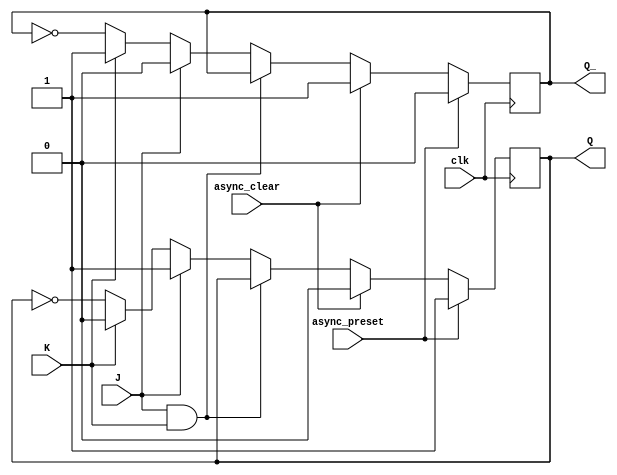
module jk_flipflop (
    input J,
    input K,
    input clk,
    input async_preset,
    input async_clear,
    output reg Q,
    output reg Q_
);

always @(posedge clk) begin
    if (async_preset) begin
        Q <= 1'b1;
        Q_ <= 1'b0;
    end else if (async_clear) begin
        Q <= 1'b0;
        Q_ <= 1'b1;
    end else begin
        if (J & K) begin
            Q <= Q;
            Q_ <= Q_;
        end else if (J) begin
            Q <= 1'b1;
            Q_ <= 1'b0;
        end else if (K) begin
            Q <= 1'b0;
            Q_ <= 1'b1;
        end else begin
            Q <= ~Q;
            Q_ <= ~Q_;
        end
    end
end

endmodule